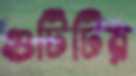
গুটিটির